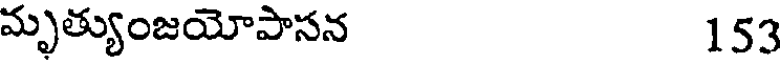
మృత్యుంజయోపాసన 153